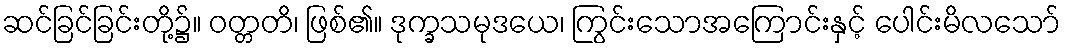
ဆင်ခြင်ခြင်းတို့၌။ ဝတ္တတိ၊ ဖြစ်၏။ ဒုက္ခသမုဒယေ၊ ကြွင်းသောအကြောင်းနှင့် ပေါင်းမိလသော်